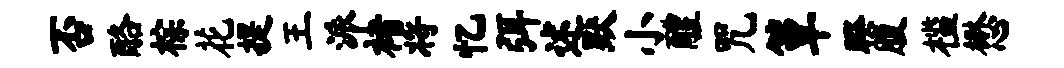
否酪棕花提王派褚将忆弭述默小醴咒簟睽腹槛懋